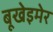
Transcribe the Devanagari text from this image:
बूखेइमेर